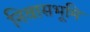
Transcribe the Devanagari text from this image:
निवासभूमि